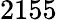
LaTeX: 2155